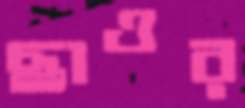
ছাওর